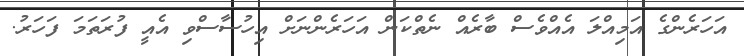
އަހަރެންގެ އަމިއްލަ އެއްވެސް ބާރެއް ނެތްކަން އަހަރެންނަށް އިހުސާސްވި އެއީ ފުރަތަމަ ފަހަރު.